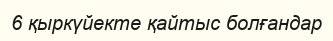
6 қыркүйекте қайтыс болғандар